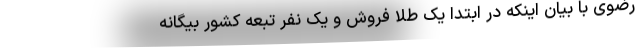
رضوی با بیان اینکه در ابتدا یک طلا فروش و یک نفر تبعه کشور بیگانه